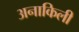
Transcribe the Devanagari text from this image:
अनाकिली